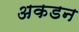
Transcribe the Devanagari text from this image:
अकडन